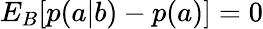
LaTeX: {E}_{B}[p(a|b)-p(a)]=0